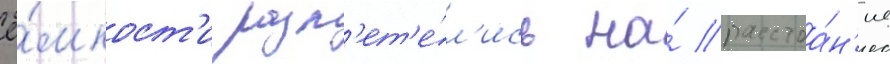
ё́мкост'и разл'ет'е́л'ись на́ расстоа́н'ие